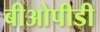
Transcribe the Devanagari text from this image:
बीओपीडी